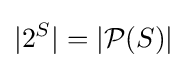
|2^{S}|=|{\mathcal {P}}(S)|